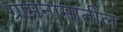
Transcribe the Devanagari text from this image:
ग्रामनामातील